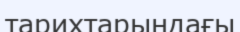
тарихтарындағы